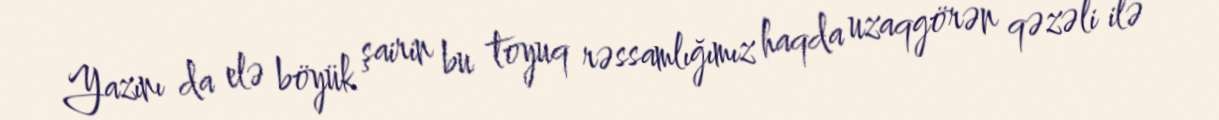
Yazını da elə böyük şairin bu toyuq rəssamlığımız haqda uzaqgörən qəzəli ilə